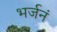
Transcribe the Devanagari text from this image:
भर्जनं